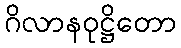
ဂိလာနဝုဋ္ဌိတော